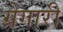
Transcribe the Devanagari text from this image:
ग्रेगारी